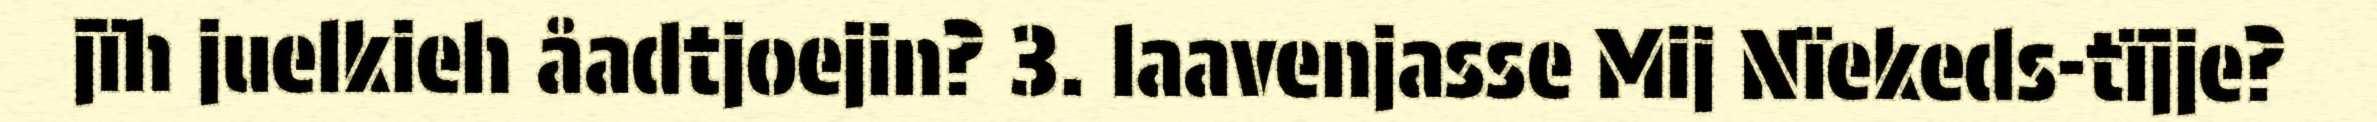
jïh juelkieh åadtjoejin? 3. laavenjasse Mij Nïekeds-tïjje?